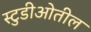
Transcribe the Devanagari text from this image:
स्टुडीओतील